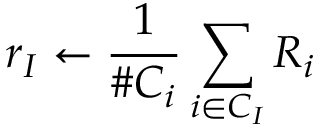
r _ { I } \leftarrow \frac { 1 } { \# C _ { i } } \sum _ { i \in C _ { I } } R _ { i }